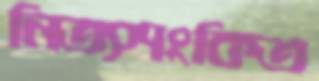
নিত্যশংকিত